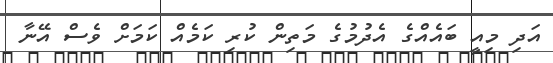
އަދި މިއީ ބައެއްގެ އެދުމުގެ މަތިން ކުރި ކަމެއް ކަމަށް ވެސް އޭނާ